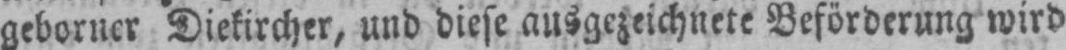
geborner Diekircher, und diese ausgezeichnete Beförderung wird